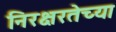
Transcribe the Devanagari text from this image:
निरक्षरतेच्या